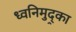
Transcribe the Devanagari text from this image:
ध्वनिमुद्र्का